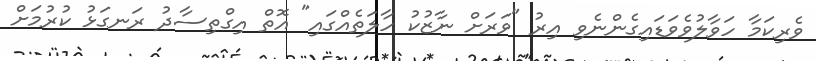
ވެރިކަމާ ހަވާލުވެވަޑައިގެންނެވި އިރު "ވަރަށް ނާޒުކު ހާލަތެއްގައި" އޮތް އިގްތިސާދު ރަނގަޅު ކުރުމަށް